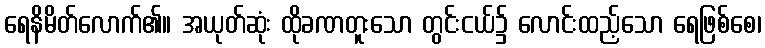
ရေနိမိတ်လောက်၏။ အယုတ်ဆုံး ထိုခဏတူးသော တွင်းငယ်၌ လောင်းထည့်သော ရေဖြစ်စေ၊